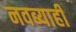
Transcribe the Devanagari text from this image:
नवब्याही